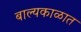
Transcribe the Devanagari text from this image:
बाल्यकाळात